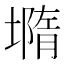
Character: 𡐦